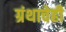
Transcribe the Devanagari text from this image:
ग्रंथाचेही